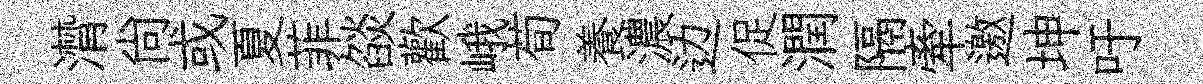
潸尙或夏菲燄歡峨荀養濃边促潤隔牽邀坤吁